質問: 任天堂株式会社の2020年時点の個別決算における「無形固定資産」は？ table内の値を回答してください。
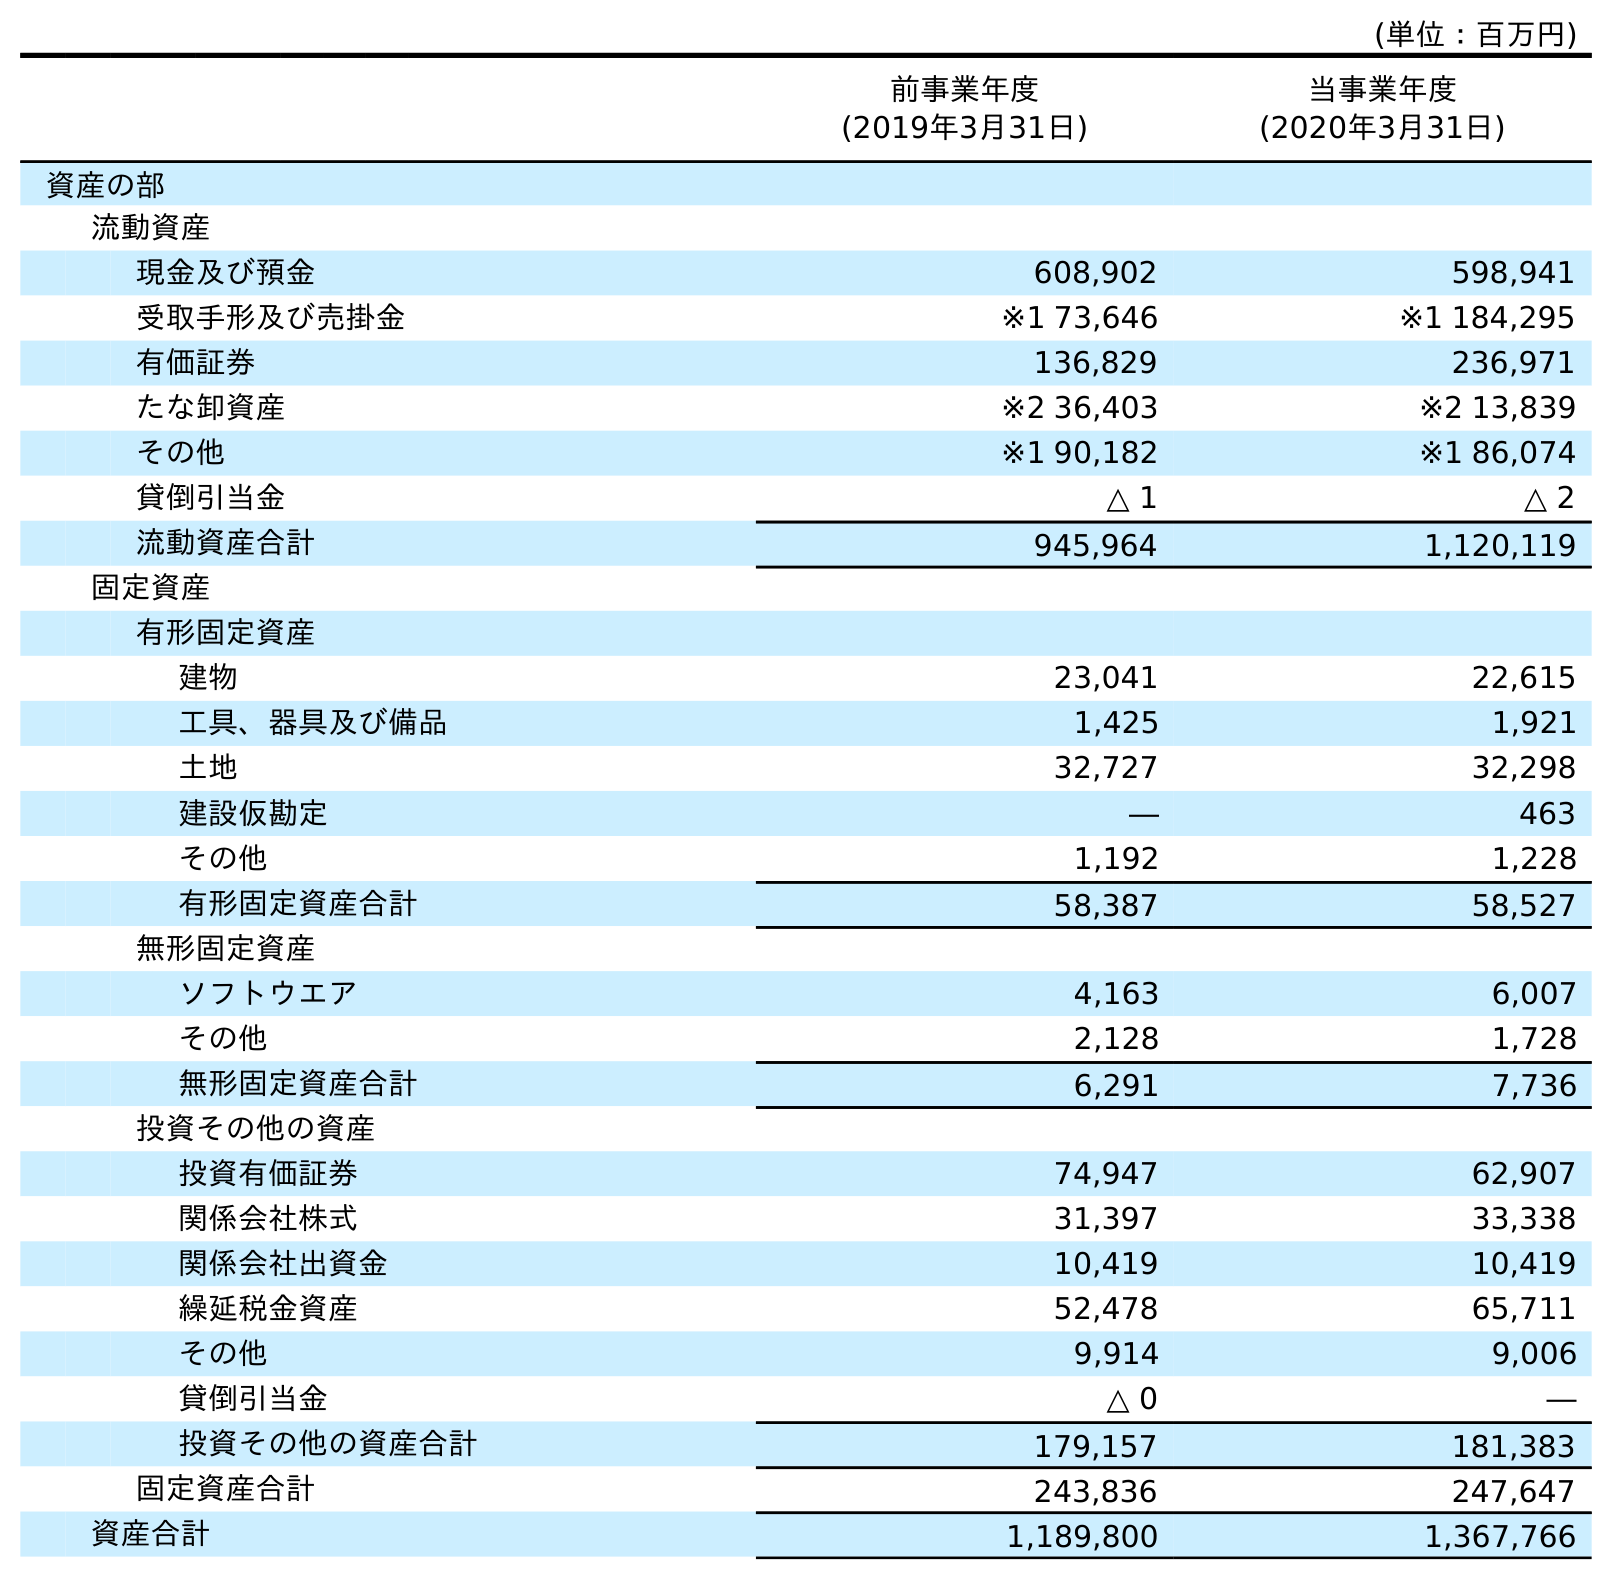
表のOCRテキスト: (単位：百万円) 前事業年度 (2019年3月31日) 当事業年度 (2020年3月31日) 資産の部 流動資産 現金及び預金 608,902 598,941 受取手形及び売掛金 ※1 73,646 ※1 184,295 有価証券 136,829 236,971 たな卸資産 ※2 36,403 ※2 13,839 その他 ※1 90,182 ※1 86,074 貸倒引当金 △ 1 △ 2 流動資産合計 945,964 1,120,119 固定資産 有形固定資産 建物 23,041 22,615 工具、器具及び備品 1,425 1,921 土地 32,727 32,298 建設仮勘定 ― 463 その他 1,192 1,228 有形固定資産合計 58,387 58,527 無形固定資産 ソフトウエア 4,163 6,007 その他 2,128 1,728 無形固定資産合計 6,291 7,736 投資その他の資産 投資有価証券 74,947 62,907 関係会社株式 31,397 33,338 関係会社出資金 10,419 10,419 繰延税金資産 52,478 65,711 その他 9,914 9,006 貸倒引当金 △ 0 ― 投資その他の資産合計 179,157 181,383 固定資産合計 243,836 247,647 資産合計 1,189,800 1,367,766
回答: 7,736